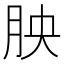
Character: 胦